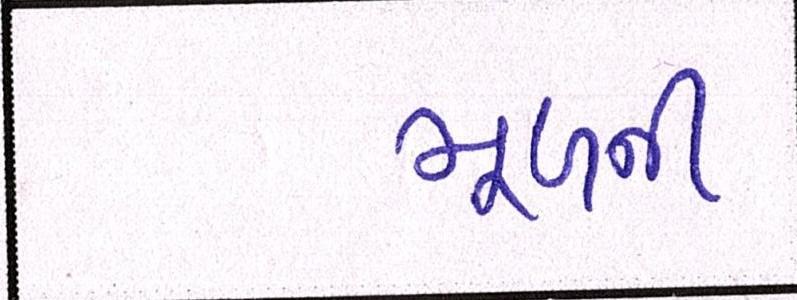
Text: મૂળની